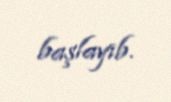
başlayıb.